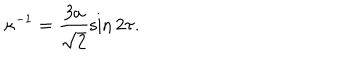
\kappa ^ { - 1 } = \frac { 3 a } { \sqrt { 2 } } \sin 2 \tau .